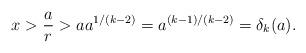
LaTeX: \begin{align*}x > \frac{a}{r} > a a^{1/(k-2)} = a^{(k-1)/(k-2)} = \delta_k(a).\end{align*}